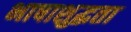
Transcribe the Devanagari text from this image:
भाषाशुद्धता